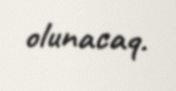
olunacaq.